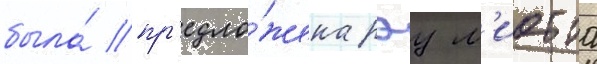
была́ пр'едло́жена рэу л'иотта